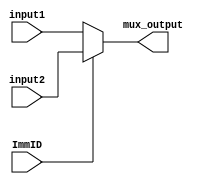
`timescale 1ns / 1ps
//////////////////////////////////////////////////////////////////////////////////
// Aryan Mehrotra
// 
// Module Name: Modified multiplexer for Program Counter
// Project Name: Assignment 7
//////////////////////////////////////////////////////////////////////////////////


module PC_mux(input1, input2, ImmID, mux_output);
    input[31:0] input1, input2;
    input ImmID;
    output reg [31:0] mux_output;
    
    always@(input1, input2, ImmID) begin    
        mux_output = input1;
        if(ImmID) begin
             mux_output = input2; 
        end
    end
endmodule